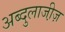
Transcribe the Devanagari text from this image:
अब्दुलाजी़ज़